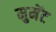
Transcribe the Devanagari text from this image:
मुमेंट